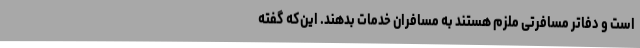
است و دفاتر مسافرتی ملزم هستند به مسافران خدمات بدهند. این‌که گفته